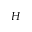
H